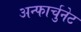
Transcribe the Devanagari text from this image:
अन्फार्चुनेट